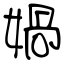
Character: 媧